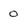
Character: 0